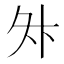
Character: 𭐳